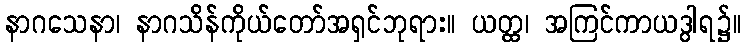
နာဂသေနာ၊ နာဂသိန်ကိုယ်တော်အရှင်ဘုရား။ ယတ္ထ၊ အကြင်ကာယဒွါရ၌။